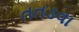
તતડવા